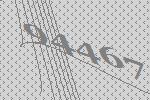
94467